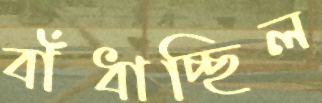
বাঁধাচ্ছিল